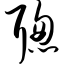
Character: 聪